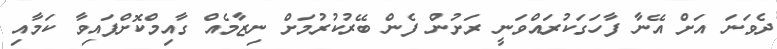
ދެވަނަ އަށް އޭނާ ފާހަގަކުރައްވަނީ ރަށުން ފެން ބޭރުކުރުމަށް ނިޒާމެއް ގާއިމްކޮށްފައިވާ ކަމާއި